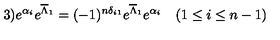
3 ) e ^ { \alpha _ { i } } e ^ { \overline { { \Lambda } } _ { 1 } } = ( - 1 ) ^ { n \delta _ { i 1 } } e ^ { \overline { { \Lambda } } _ { 1 } } e ^ { \alpha _ { i } } \quad ( 1 \leq i \leq n - 1 )